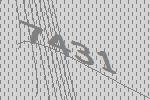
7431